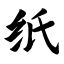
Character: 纸